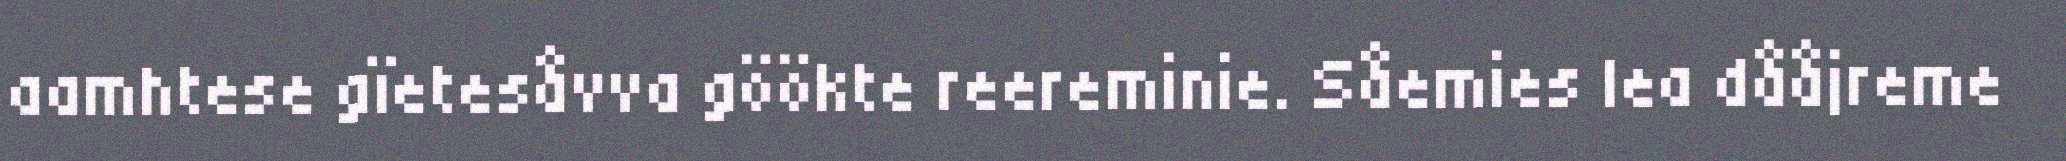
aamhtese gïetesåvva göökte reereminie. Såemies lea dååjreme